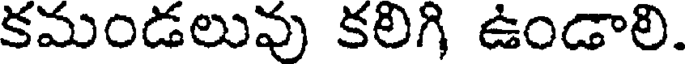
కమండలువు కలిగి ఉండాలి.